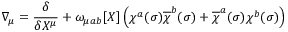
\nabla _ { \mu } = \frac { \delta } { \delta X ^ { \mu } } + \omega _ { \mu a b } [ X ] \left( \chi ^ { a } ( \sigma ) \overline { { { \chi } } } ^ { b } ( \sigma ) + \overline { { { \chi } } } ^ { a } ( \sigma ) \chi ^ { b } ( \sigma ) \right)